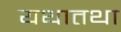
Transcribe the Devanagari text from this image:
यथातथा